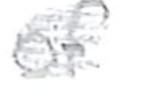
Text: of
Cross-out: scratch
Writing tool: pencil